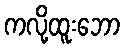
ကလို့ထူးဘော